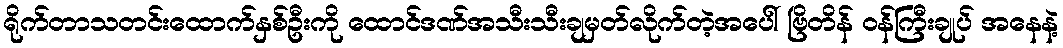
ရိုက်တာသတင်းထောက်နှစ်ဦးကို ထောင်ဒဏ်အသီးသီးချမှတ်လိုက်တဲ့အပေါ် ဗြိတိန် ဝန်ကြီးချုပ် အနေနဲ့